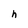
Character: h